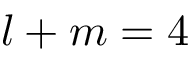
l + m = 4